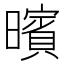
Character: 𣋪